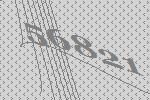
56821